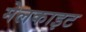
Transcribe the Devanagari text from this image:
मेलकाइट